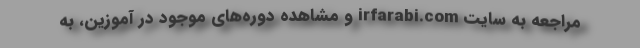
مراجعه به سایت irfarabi.com و مشاهده دوره‌های موجود در آموزین، به